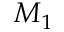
M _ { 1 }